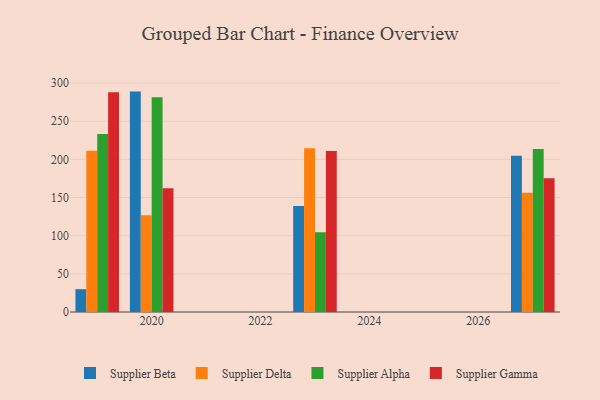
{"axis": {"x": "Year", "y": "Inventory Turnover"}, "legend": ["Supplier Alpha", "Supplier Beta", "Supplier Delta", "Supplier Gamma"], "data": [{"x": "2019", "y": 29.9, "type": "Supplier Beta"}, {"x": "2019", "y": 211.4, "type": "Supplier Delta"}, {"x": "2019", "y": 233.3, "type": "Supplier Alpha"}, {"x": "2019", "y": 287.9, "type": "Supplier Gamma"}, {"x": "2023", "y": 138.9, "type": "Supplier Beta"}, {"x": "2023", "y": 214.7, "type": "Supplier Delta"}, {"x": "2023", "y": 104.5, "type": "Supplier Alpha"}, {"x": "2023", "y": 211.1, "type": "Supplier Gamma"}, {"x": "2020", "y": 288.8, "type": "Supplier Beta"}, {"x": "2020", "y": 126.9, "type": "Supplier Delta"}, {"x": "2020", "y": 281.5, "type": "Supplier Alpha"}, {"x": "2020", "y": 162.1, "type": "Supplier Gamma"}, {"x": "2027", "y": 204.8, "type": "Supplier Beta"}, {"x": "2027", "y": 156.4, "type": "Supplier Delta"}, {"x": "2027", "y": 213.6, "type": "Supplier Alpha"}, {"x": "2027", "y": 175.1, "type": "Supplier Gamma"}]}